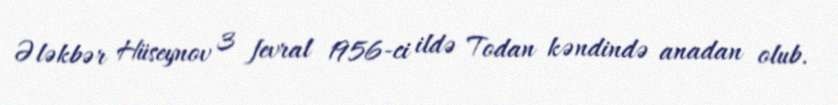
Ələkbər Hüseynov 3 fevral 1956-ci ildə Todan kəndində anadan olub.